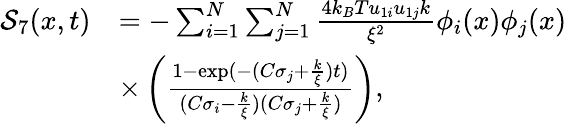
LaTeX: \begin{array}{rl}{\mathcal{S}_{7}(x,t)}&{=-\sum_{i=1}^{N}\sum_{j=1}^{N}\frac{4k_{B}Tu_{1i}u_{1j}k}{\xi^{2}}\phi_{i}(x)\phi_{j}(x)}\\ &{\times\left(\frac{1-\exp(-(C\sigma_{j}+\frac{k}{\xi})t)}{(C\sigma_{i}-\frac{k}{\xi})(C\sigma_{j}+\frac{k}{\xi})}\right),}\end{array}